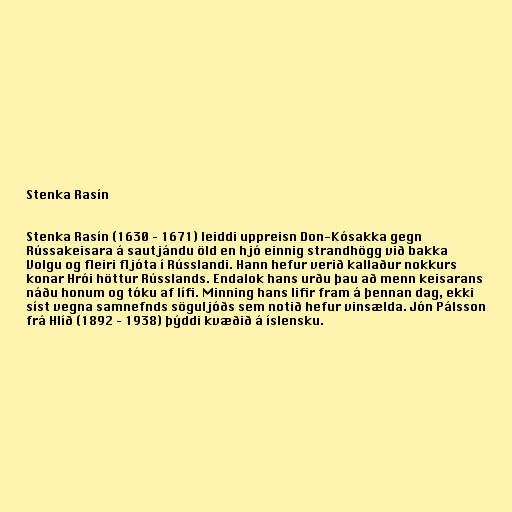
Stenka Rasín

Stenka Rasín (1630 – 1671) leiddi uppreisn Don-Kósakka gegn
Rússakeisara á sautjándu öld en hjó einnig strandhögg við bakka
Volgu og fleiri fljóta í Rússlandi. Hann hefur verið kallaður nokkurs
konar Hrói höttur Rússlands. Endalok hans urðu þau að menn keisarans
náðu honum og tóku af lífi. Minning hans lifir fram á þennan dag, ekki
síst vegna samnefnds söguljóðs sem notið hefur vinsælda. Jón Pálsson
frá Hlíð (1892 – 1938) þýddi kvæðið á íslensku.